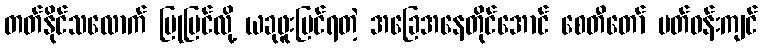
တတ်နိုင်သလောက် ပြုပြင်လို့ ယခုဖူးမြင်ရတဲ့ အခြေအနေတိုင်အောင် စေတီတော် ပတ်ဝန်းကျင်